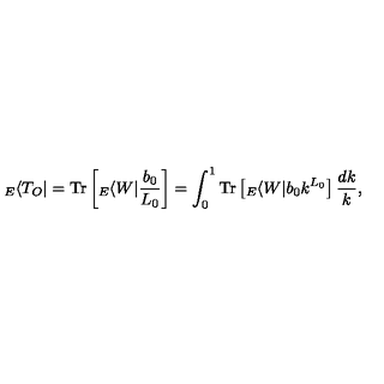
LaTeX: { } _ { E } \langle T _ { O } | = \mathrm { T r } \left[ { } _ { E } \langle W | \frac { b _ { 0 } } { L _ { 0 } } \right] = \int _ { 0 } ^ { 1 } \mathrm { T r } \left[ { } _ { E } \langle W | b _ { 0 } k ^ { L _ { 0 } } \right] \frac { d k } { k } ,